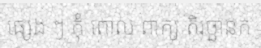
ផ្សេង ៗ កុំ ពោល ពាក្យ តិរច្ឆានក